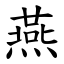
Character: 燕